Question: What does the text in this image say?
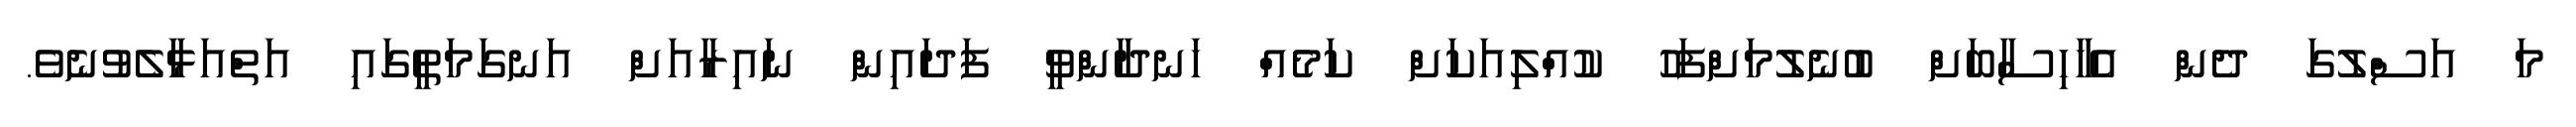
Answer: މަ އަސްލުގަ ދެން އެހާހިސާބަށް ބުނެލުމަށްފަހު ކުއްލިއަކަށް ކަމެއް ހަނދާންވީ ފަދައިން ނައިރާއަށް އަނގަމަތީގައި އަތްއަޅާލެވުނެވެ.